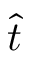
\hat { t }